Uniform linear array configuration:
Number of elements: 16
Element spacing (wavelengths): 0.5
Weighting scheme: exponential
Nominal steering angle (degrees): -60
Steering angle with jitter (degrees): -60.757
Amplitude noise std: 0.05
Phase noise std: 0.05

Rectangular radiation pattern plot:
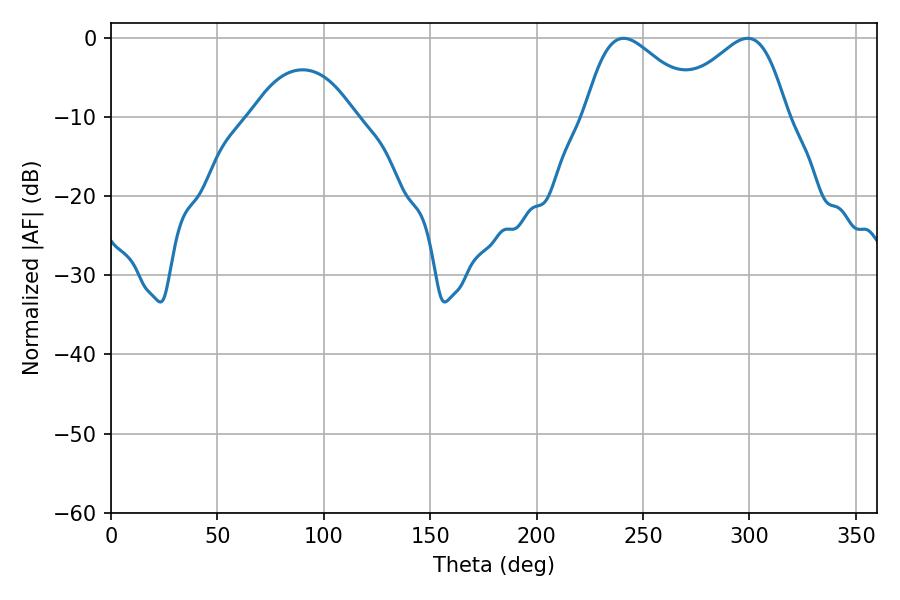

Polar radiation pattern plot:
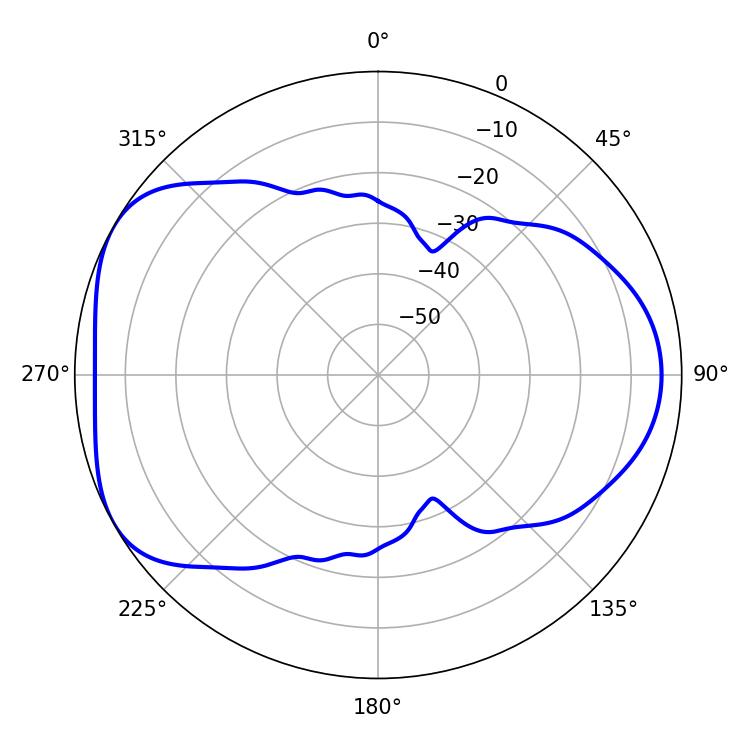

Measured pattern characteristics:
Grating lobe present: FALSE
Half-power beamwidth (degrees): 28.98
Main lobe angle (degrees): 240.84